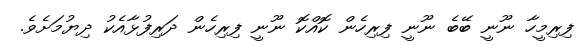
ފިރިމީހާ ނޫނީ ބޭބެ ނޫނީ ފިރިހެން ކޮއްކޮ ނޫނީ ފިރިހެން ދަރިފުޅާއެކު ދިޔުމަށެވެ.